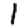
Digit: 1